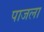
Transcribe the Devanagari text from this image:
पाजला